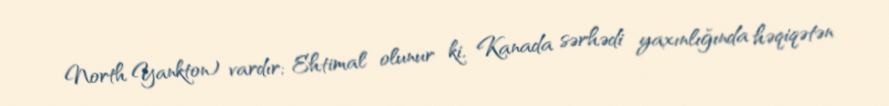
North Yankton) vardır; Ehtimal olunur ki, Kanada sərhədi yaxınlığında həqiqətən